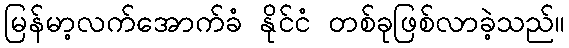
မြန်မာ့လက်အောက်ခံ နိုင်ငံ တစ်ခုဖြစ်လာခဲ့သည်။